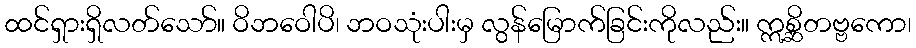
ထင်ရှားရှိလတ်သော်။ ဝိဘဝေါပိ၊ ဘဝသုံးပါးမှ လွန်မြောက်ခြင်းကိုလည်း။ ဣစ္ဆိတဗ္ဗကော၊